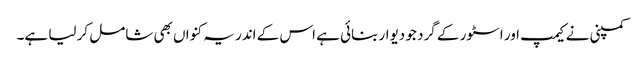
کمپنی نے کیمپ اور اسٹور کے گرد جو دیوار بنائی ہے اس کے اندر یہ کنواں بھی شامل کر لیا ہے۔